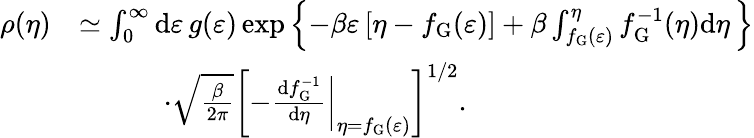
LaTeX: \begin{array}{rl}{\rho(\eta)}&{\simeq\int_{0}^{\infty}\mathrm{d}\varepsilon\, g(\varepsilon)\exp\left\lbrace-\beta\varepsilon\left[\eta-f_{\mathrm{G}}(\varepsilon)\right]+\beta\int_{f_{\mathrm{G}}(\varepsilon)}^{\eta}f_{\mathrm{G}}^{-1}(\eta)\mathrm{d}\eta\, \right\rbrace}\\ &{\quad\quad\quad\cdot\sqrt{\frac{\beta}{2\pi}}\left[-\left.\frac{\mathrm{d}f_{\mathrm{G}}^{-1}}{\mathrm{d}\eta}\right|_{\eta=f_{\mathrm{G}}(\varepsilon)}\right]^{1/2}.}\end{array}